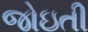
જોઇતી